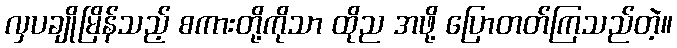
လှပချိုမြိန်သည့် စကားတို့ကိုသာ ထိုည အဖို့ ပြောတတ်ကြသည်တဲ့။